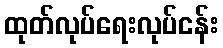
ထုတ်လုပ်ရေးလုပ်ငန်း